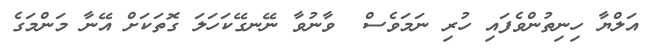
އަލްޔާ ހިނިތުންވެފައި ހުރި ނަމަވެސް  ވާނުވާ ނޭނގޭކަހަލަ ގޮތަކަށް އޭނާ މަންމަގެ